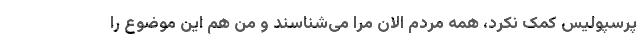
پرسپولیس کمک نکرد، همه مردم الان مرا می‌شناسند و من هم این موضوع را